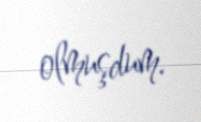
olmuşdum.